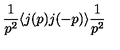
\frac { 1 } { p ^ { 2 } } \langle j ( p ) j ( - p ) \rangle \frac { 1 } { p ^ { 2 } }